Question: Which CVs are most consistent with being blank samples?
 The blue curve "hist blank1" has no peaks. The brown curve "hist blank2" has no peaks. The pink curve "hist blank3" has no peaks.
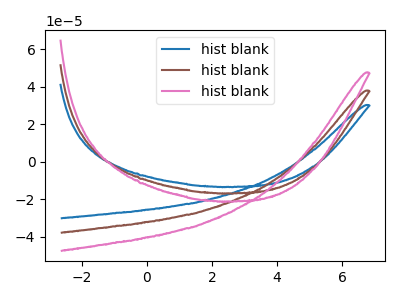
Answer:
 <answer>"hist blank1", "hist blank2" and "hist blank3" are likely to be blanks.</answer>
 <eval>"hist blank1", "hist blank2", "hist blank3"</eval>